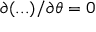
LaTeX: \partial ( . . . ) / \partial \theta = 0